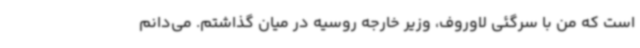
است که من با سرگئی لاوروف، وزیر خارجه روسیه در میان گذاشتم. می‌دانم